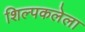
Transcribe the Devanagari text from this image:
शिल्पकलेला